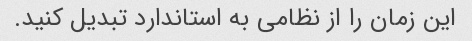
این زمان را از نظامی به استاندارد تبدیل کنید.